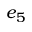
e _ { 5 }